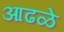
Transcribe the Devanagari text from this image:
आढळे